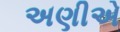
અણીએ